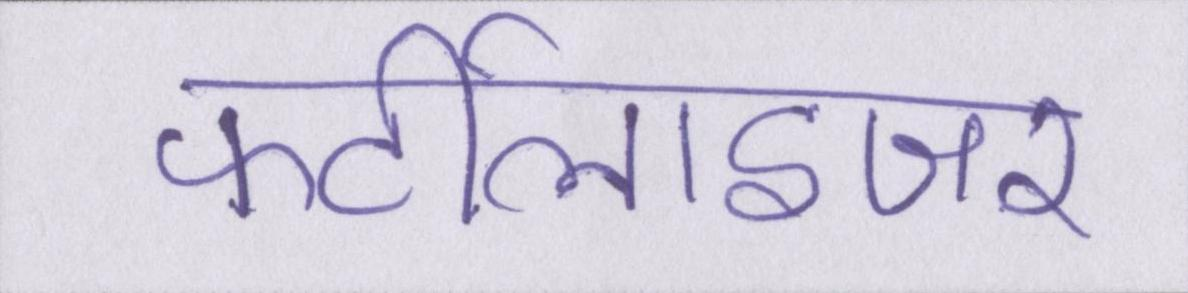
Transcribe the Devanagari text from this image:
फर्टीलाइजर